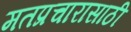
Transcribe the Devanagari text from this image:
मतप्रचारासाठी